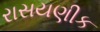
રાસયણીક